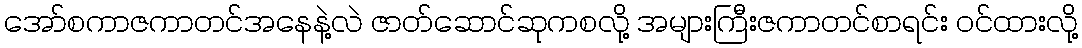
အော်စကာဇကာတင်အနေနဲ့လဲ ဇာတ်ဆောင်ဆုကစလို့ အများကြီးဇကာတင်စာရင်း ဝင်ထားလို့